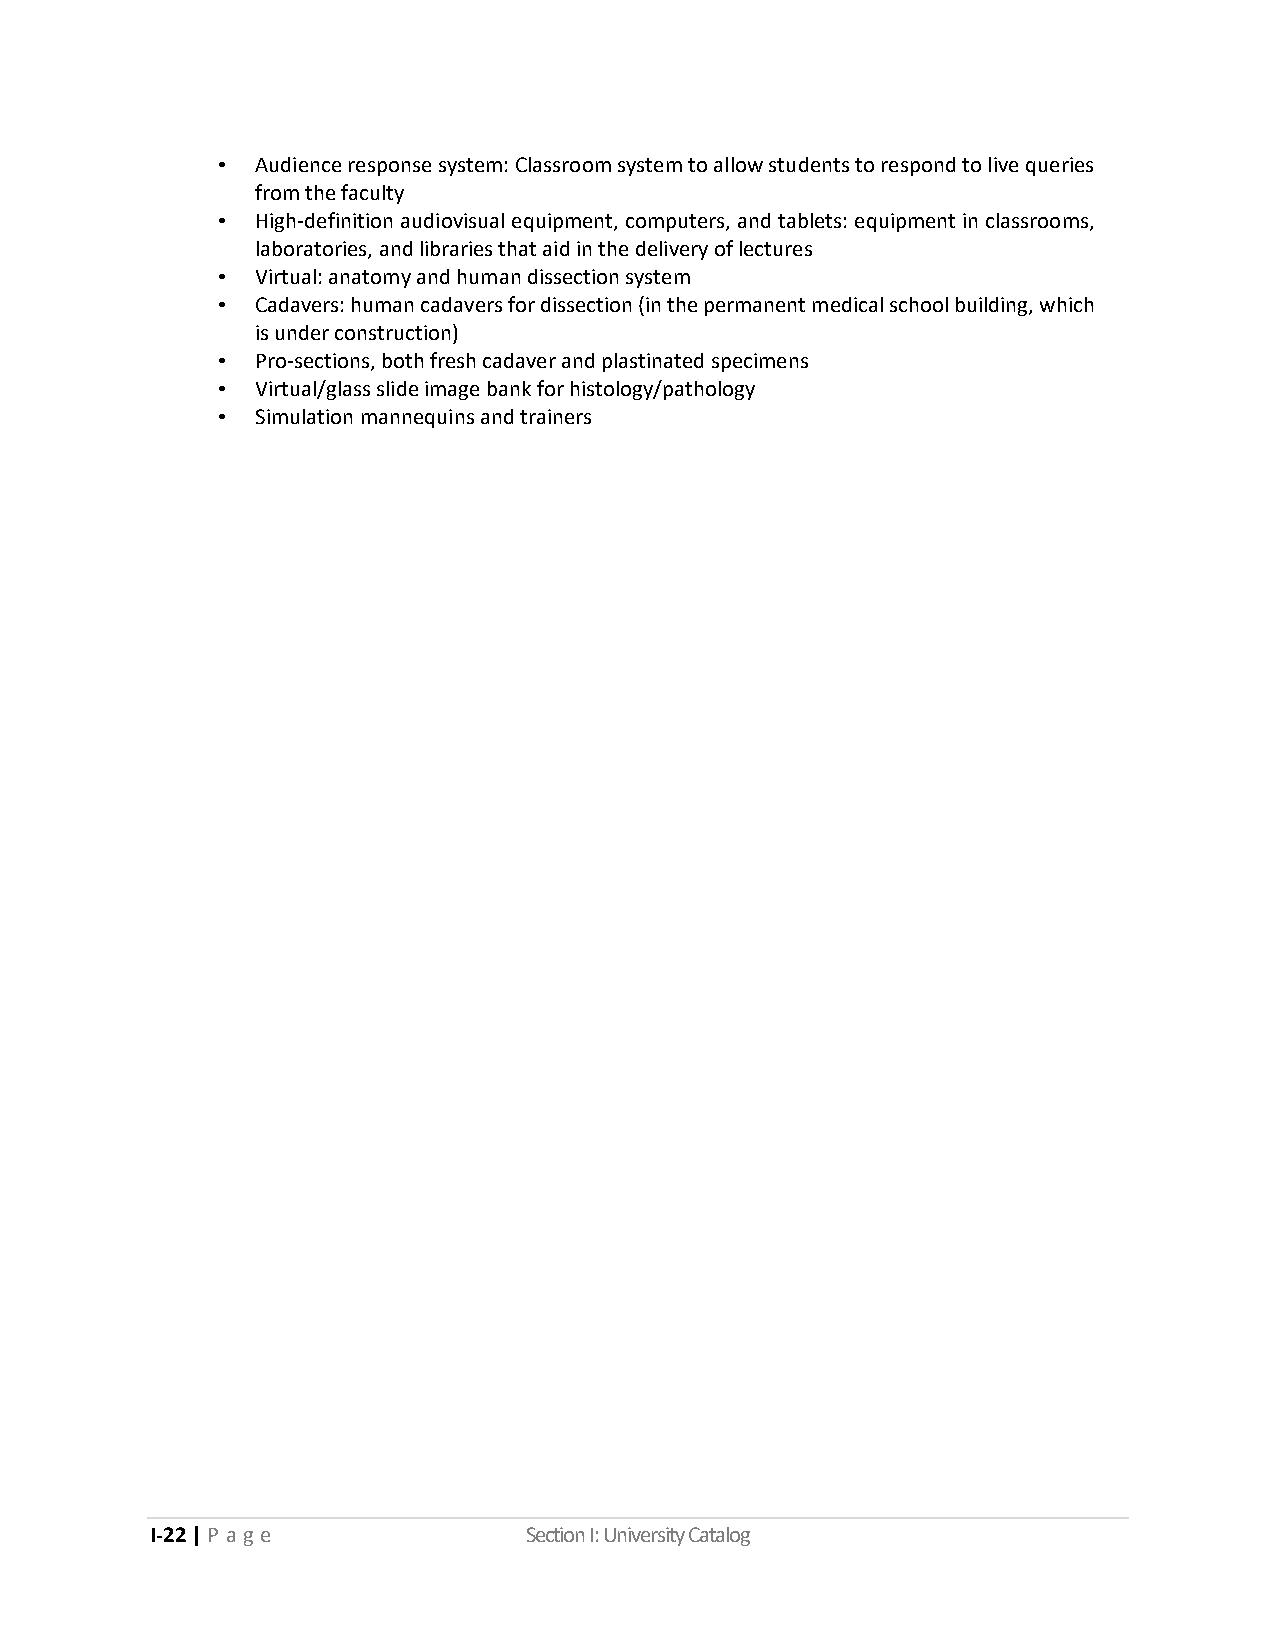
•  Audience response system: Classroom system to allow students to respond to live queries
 from the faculty
 •  High-definition audiovisual equipment, computers, and tablets: equipment in classrooms,
 laboratories, and libraries that aid in the delivery of lectures
 •  Virtual: anatomy and human dissection system
 •  Cadavers: human cadavers for dissection (in the permanent medical school building, which
 is under construction)
 •  Pro-sections, both fresh cadaver and plastinated specimens
 •  Virtual/glass slide image bank for histology/pathology
 •  Simulation mannequins and trainers
 I-22 | P a ge            Section I: University Catalog